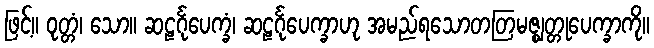
ဖြင့်။ ဝုတ္တံ၊ သော။ ဆဠင်္ဂုပေက္ခံ၊ ဆဠင်္ဂုပေက္ခာဟု အမည်ရသောတတြမဇ္ဈတ္တုပေက္ခာကို။